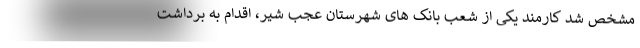
مشخص شد کارمند یکی از شعب بانک های شهرستان عجب شیر، اقدام به برداشت